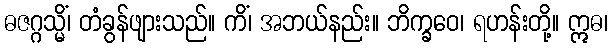
ဓဇဂ္ဂသ္မိံ၊ တံခွန်ဖျားသည်။ ကိံ၊ အဘယ်နည်း။ ဘိက္ခဝေ၊ ရဟန်းတို့။ ဣဓ၊